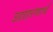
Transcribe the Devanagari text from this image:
उहाहरणार्थ